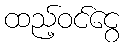
ထည့်ဝင်ငွေ